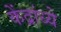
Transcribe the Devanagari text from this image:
केंद्रांध्ये